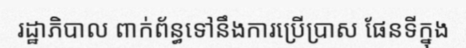
រដ្ឋាភិបាល ពាក់ព័ន្ធទៅនឹងការប្រើប្រាស ផែនទីក្នុង